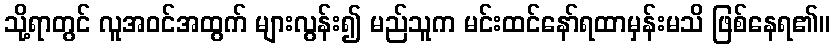
သို့ရာတွင် လူအဝင်အထွက် များလွန်း၍ မည်သူက မင်းထင်နော်ရထာမှန်းမသိ ဖြစ်နေရ၏။